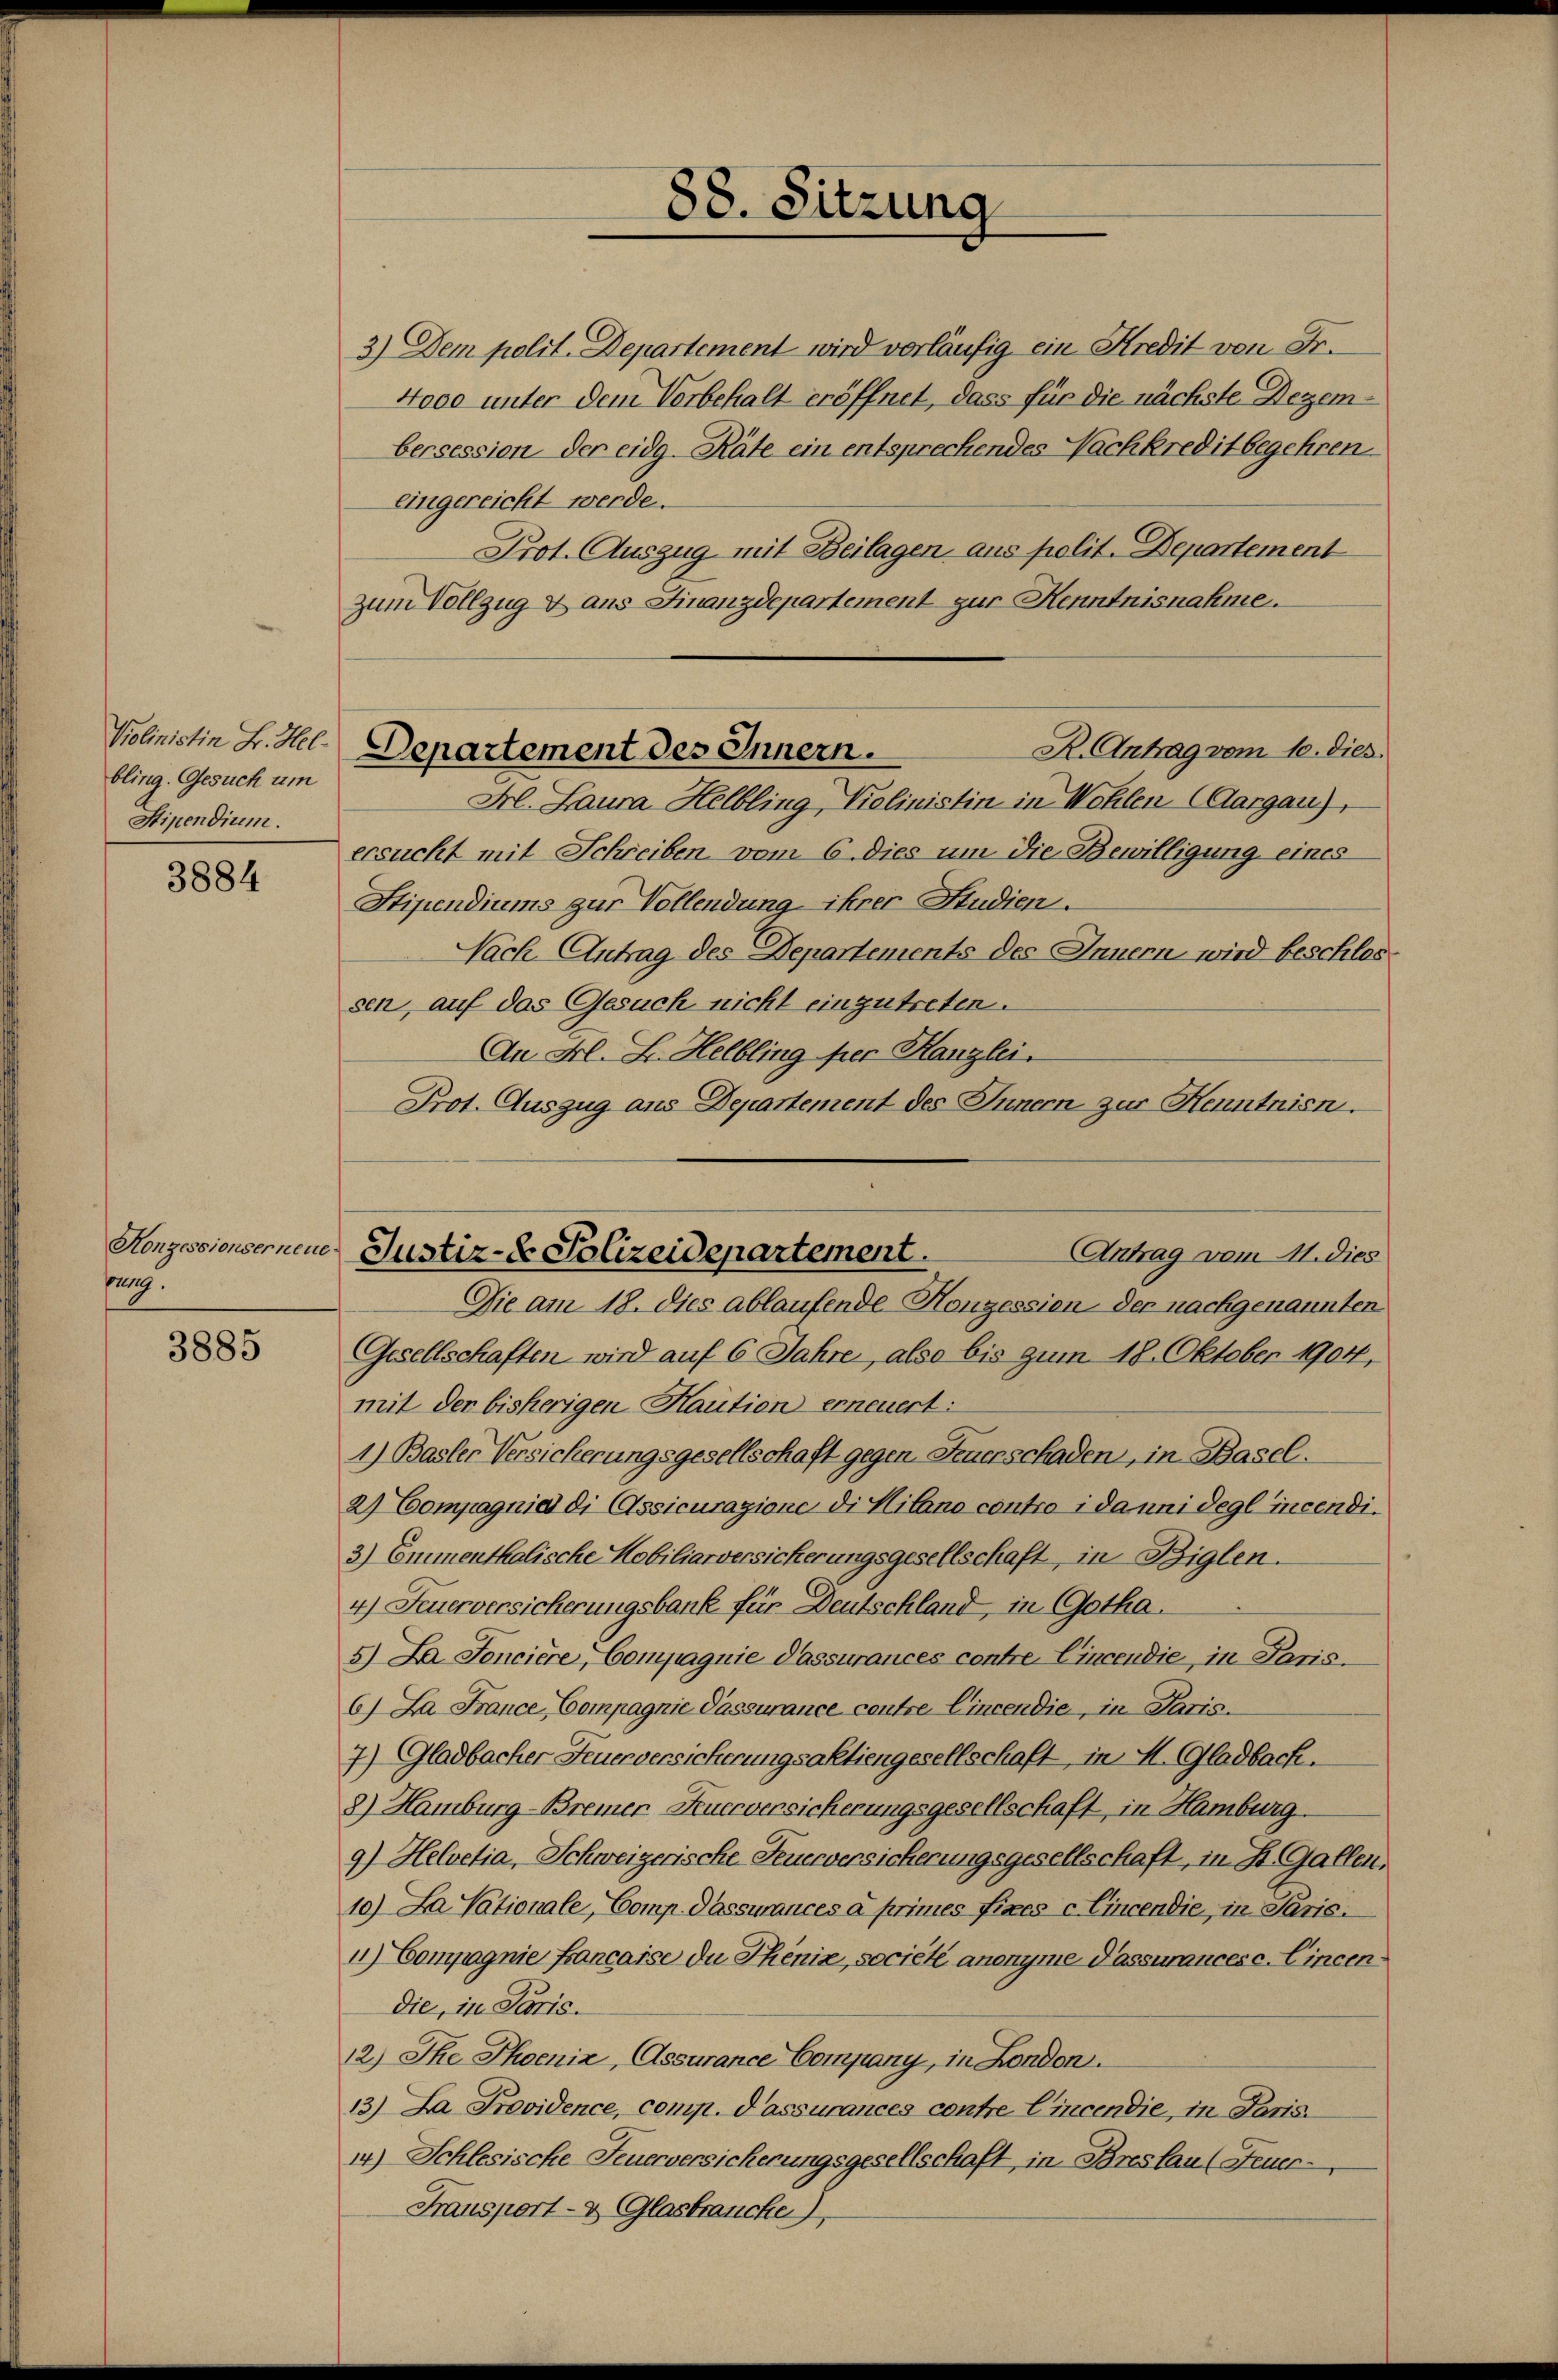
Kolinistin B. Hel-
bling. Gesuch um
Stipendium.

3884

Konzessionserneu
pag.

3885

88. Sitzung

3.) Dem polit. Departement wird vorläufig ein Kredit von Fr.
4000 unter dem Vorbehalt eröffnet, dass für die nächste Dezembersession der eidg. Räte ein entsprechendes Nachkredit begehren.
eingereicht werde.
Prot. Auszug mit Beilagen aus polit. Departement
R. Antrag vom 10. dies
Departement des Innern.
Frl. Laura Helbling, Violinistin in Wohlen (Aargau),
ersucht mit Schreiben vom 6. dies um die Bewilligung eines
Stipendiums zur Vollendung ihrer Studien.
Nach Antrag des Departements des Innern wird beschlos
sen, auf das Gesuch nicht einzutreten.
An Frl. B. Helbling per Kanzlei.
Prot. Auszug aus Departement des Innern zur Henntnisn

zum Vollzug & aus Finanzdepartement zur Kenntnisnahme.

Antrag vom 11. dies
Justiz- & Polizeidepartement.

Die am 18. dies ablaufende-Honzessien der nachgenannten
Gesellschaften wird auf 6 Jahre, also bis zum 18. Oktober 1904,
mit der bisherigen Haution erneuert:
1) Basler Versicherungsgesellschaft gegen Feuerschaden, in Basel.
2.) Compagnia di Assicurazione di Milano contro danni degl incendi¬
3) Emmenthalische Habiliarversicherungsgesellschaft in Biglen.
4) Feuerversicherungsbank für Deutschland, in Gotha.
5) Da Soncière, Compagnie Passurances contre, Cincendie, in Paris.
6) Da France Compagnie Passurance contre Cincendie, in Paris.
7) Gladbacher Feuerversicherungsaktiengesellschaft, in M. Gladbach.
8) Hamburg-Bremer Kuceversicherungsgesellschaft, in Hamburg.
9.) Helvetia, Schweizerische Feuerversicherungsgesellschaft, in St. Gallen.
10) Da Vationale, Comp. Passurances à primes fixes c. Eincendie, in Paris.
1) Compagnie Francaise du Thénix, société anonyme Passurances c. Cincen
die, in Paris.
12) Ihe Thoeniz, Assurance Company, in London.
13) La Providence, comp. Passurances contre Cincendie, in Paris.
14) Schlesische Feuerversicherungsgesellschaft, in Breslau (Feuer-
Fransport- & Glasbrauche)